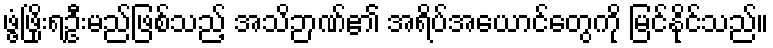
ဖွံ့ဖြိုးရဦးမည်ဖြစ်သည့် အသိဉာဏ်၏ အရိပ်အယောင်တွေကို မြင်နိုင်သည်။